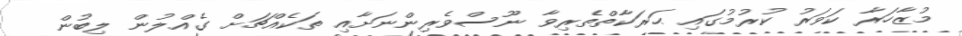
މުޒާހަރާ ކަވަރު ކުރުމުގައި ޙަރަކާތްތެރިވާ ނޫސްވެރިންނަށާއި ތަކެއްޗަށް ގެއްލުން ލިބުން